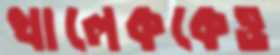
খালেককেও